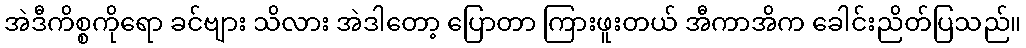
အဲဒီကိစ္စကိုရော ခင်ဗျား သိလား အဲဒါတော့ ပြောတာ ကြားဖူးတယ် အီကာအိက ခေါင်းညိတ်ပြသည်။